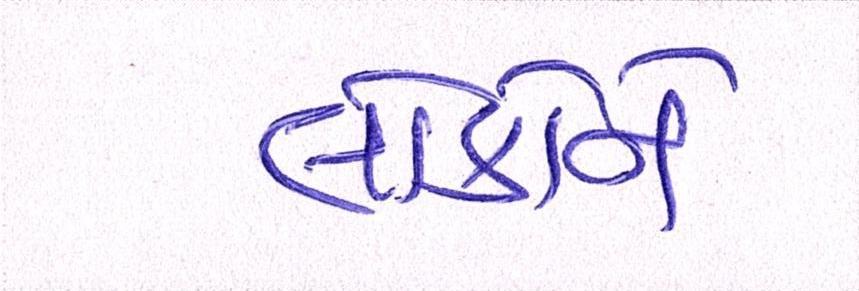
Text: લોકોને